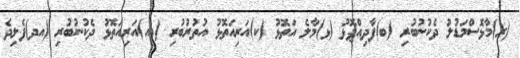
(ރ)މާޅޮސްމަޑުލު ދެކުނުބުރި (ބ)ފާދިއްޕޮޅު (ޅ)މާލެ އަތޮޅު (ކ)އަރިއަތޮޅު އުތުރުބުރި (އއ)އަރިއަތޮޅު ދެކުނުބުރި (އދ)ފެލިދެ